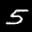
Label: 5